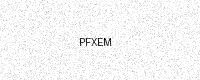
Text: PFXEM